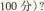
100分)?